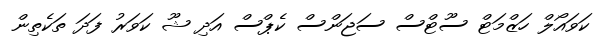
ކަވައޯލް ހަޒްމަޓް ސޫޓްސް ސަޖަންސް ކެޕްސް އަދި ޝޫ ކަވަރު ފަދަ ތަކެތިން